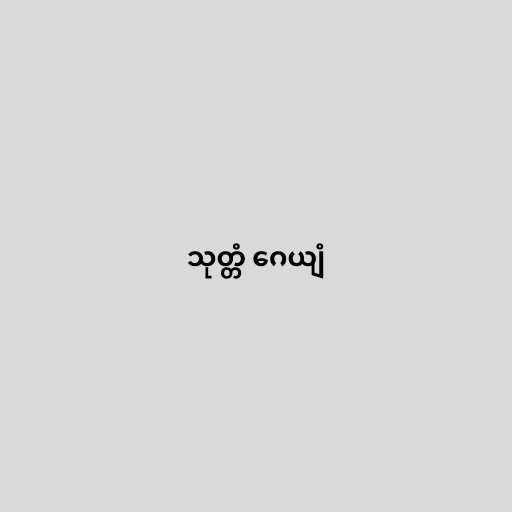
သုတ္တံ ဂေယျံ